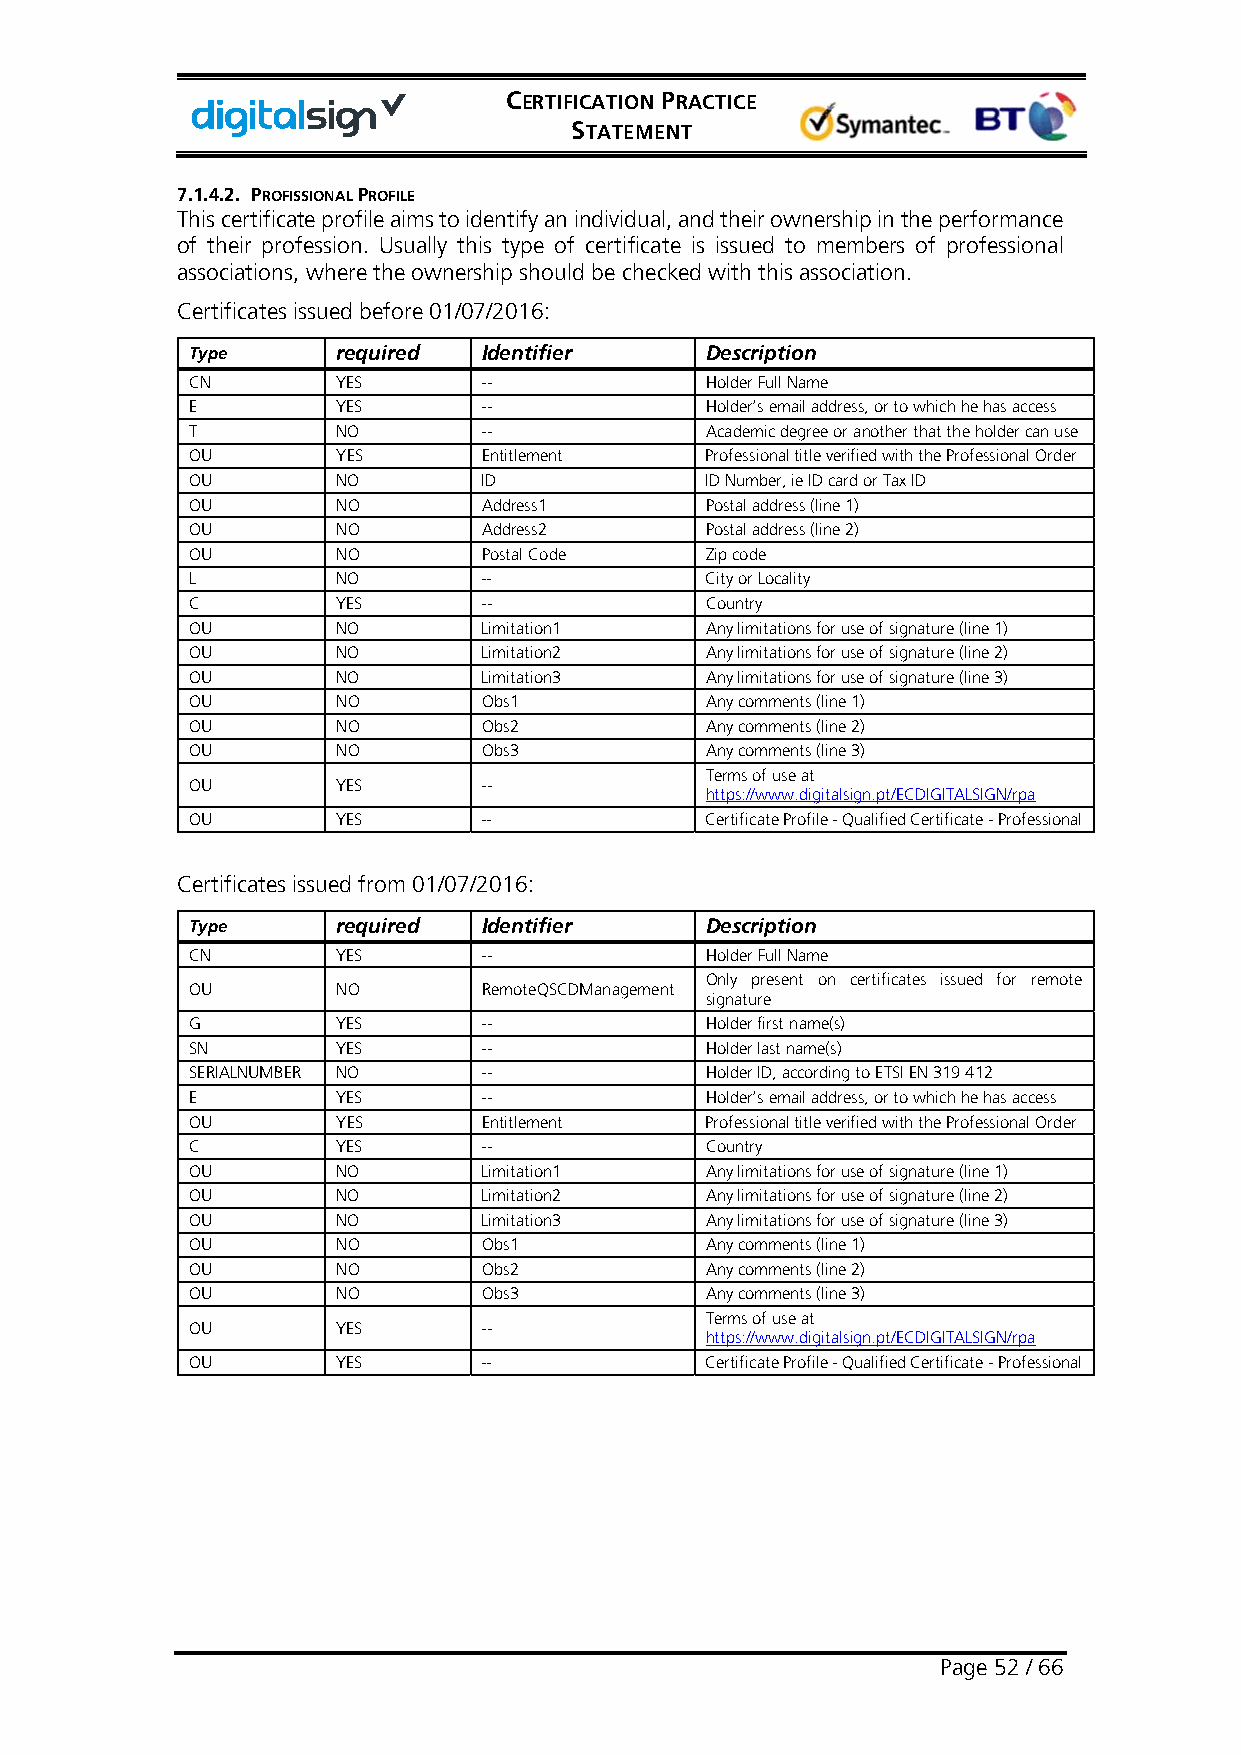
CERTIFICATION PRACTICE
 STATEMENT
 7.1.4.2. PROFISSIONAL PROFILE
 This certificate profile aims to identify an individual, and their ownership in the performance
 of their profession. Usually this type of certificate is issued to members of professional
 associations, where the ownership should be checked with this association.
 Certificates issued before 01/07/2016:
 Type     required  Identifier     Description
 CN       YES       --             Holder Full Name
 E        YES       --             Holder’s email address, or to which he has access
 T        NO        --             Academic degree or another that the holder can use
 OU       YES       Entitlement    Professional title verified with the Professional Order
 OU       NO        ID             ID Number, ie ID card or Tax ID
 OU       NO        Address1       Postal address (line 1)
 OU       NO        Address2       Postal address (line 2)
 OU       NO        Postal Code    Zip code
 L        NO        --             City or Locality
 C        YES       --             Country
 OU       NO        Limitation1    Any limitations for use of signature (line 1)
 OU       NO        Limitation2    Any limitations for use of signature (line 2)
 OU       NO        Limitation3    Any limitations for use of signature (line 3)
 OU       NO        Obs1           Any comments (line 1)
 OU       NO        Obs2           Any comments (line 2)
 OU       NO        Obs3           Any comments (line 3)
 Terms of use at
 OU       YES       --
 https://www.digitalsign.pt/ECDIGITALSIGN/rpa
 OU       YES       --             Certificate Profile - Qualified Certificate - Professional
 Certificates issued from 01/07/2016:
 Type     required  Identifier     Description
 CN       YES       --             Holder Full Name
 Only present on certificates issued for remote
 OU       NO        RemoteQSCDManagement
 signature
 G        YES       --             Holder first name(s)
 SN       YES       --             Holder last name(s)
 SERIALNUMBER NO    --             Holder ID, according to ETSI EN 319 412
 E        YES       --             Holder’s email address, or to which he has access
 OU       YES       Entitlement    Professional title verified with the Professional Order
 C        YES       --             Country
 OU       NO        Limitation1    Any limitations for use of signature (line 1)
 OU       NO        Limitation2    Any limitations for use of signature (line 2)
 OU       NO        Limitation3    Any limitations for use of signature (line 3)
 OU       NO        Obs1           Any comments (line 1)
 OU       NO        Obs2           Any comments (line 2)
 OU       NO        Obs3           Any comments (line 3)
 Terms of use at
 OU       YES       --
 https://www.digitalsign.pt/ECDIGITALSIGN/rpa
 OU       YES       --             Certificate Profile - Qualified Certificate - Professional
 Page 52 / 66